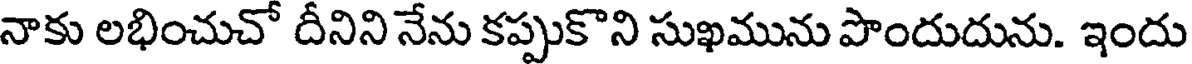
నాకు లభించుచో దీనిని నేను కప్పుకొని సుఖమును పొందుదును. ఇందు